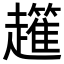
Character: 𧾟